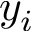
y _ { i }